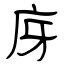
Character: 庌